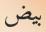
بيض